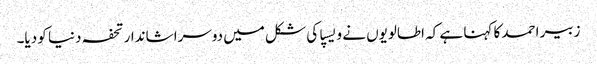
زبیر احمد کا کہنا ہے کہ اطالویوں نے ویسپا کی شکل میں دوسرا شاندار تحفہ دنیا کو دیا۔